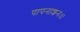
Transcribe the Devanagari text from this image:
पापनाशनः।।